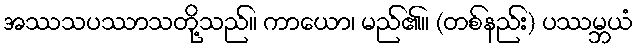
အဿသပဿာသတို့သည်။ ကာယော၊ မည်၏။ (တစ်နည်း) ပဿမ္ဘယံ